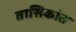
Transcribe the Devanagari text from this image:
तासिकांत